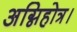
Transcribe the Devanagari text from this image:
अग्निहोत्र।